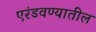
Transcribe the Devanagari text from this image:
एरंडवण्यातील